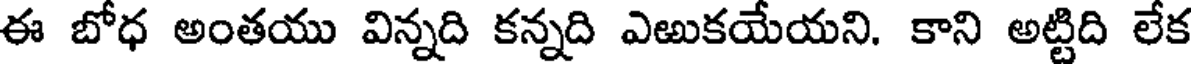
ఈ బోధ అంతయు విన్నది కన్నది ఎఱుకయేయని. కాని అట్టిది లేక